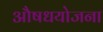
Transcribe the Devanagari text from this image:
औषधयोजना